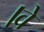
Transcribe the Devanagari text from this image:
।वे